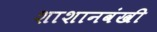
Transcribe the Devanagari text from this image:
शाशानवंखी